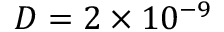
D = 2 \times 1 0 ^ { - 9 }